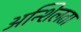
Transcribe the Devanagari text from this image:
अन्शिलता